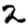
Digit: 2